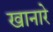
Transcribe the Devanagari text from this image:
खानारे